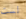
لست